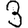
Digit: 3